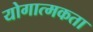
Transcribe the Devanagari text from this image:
योगात्मकता